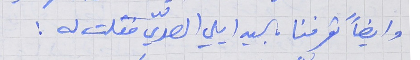
وايضاً تعرفنا بالسيد ايلي الصدّي فقلت له :